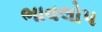
ભાવલોપ